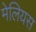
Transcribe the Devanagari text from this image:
मेलियस